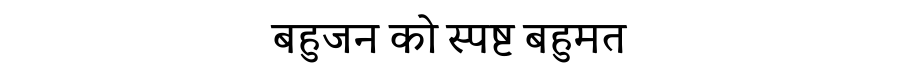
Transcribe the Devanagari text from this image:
बहुजन को स्पष्ट बहुमत